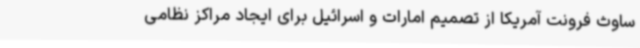
ساوث فرونت آمریکا از تصمیم امارات و اسرائیل برای ایجاد مراکز نظامی